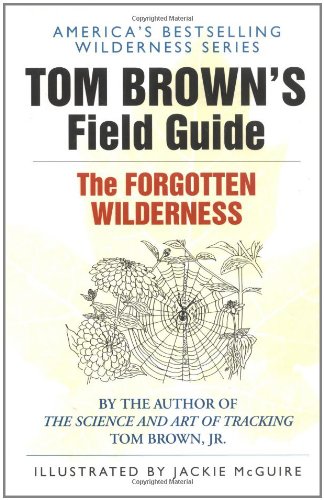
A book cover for Tom Brown's Field Guide to the Forgotten Wilderness; Tom Brown; Sports & Outdoors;